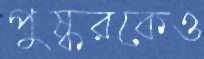
পুষ্করকেও